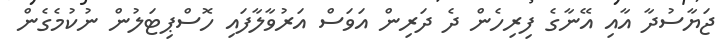
ޖަޔާސުދާ އާއި އޭނާގެ ފިރިހެން ދެ ދަރިން އަވަސް އަރުވާލާފައި ހޮސްޕިޓަލުން ނުކުމެގެން